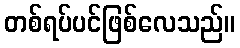
တစ်ရပ်ပင်ဖြစ်လေသည်။